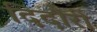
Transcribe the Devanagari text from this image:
दिदौरी